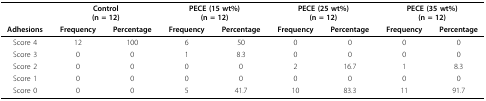
<table><thead><tr><td></td><td colspan="2"><b>Control(n = 12)</b></td><td colspan="2"><b>PECE (15 wt%)(n = 12)</b></td><td colspan="2"><b>PECE (25 wt%)(n = 12)</b></td><td colspan="2"><b>PECE (35 wt%)(n = 12)</b></td></tr><tr><td><b>Adhesions</b></td><td><b>Frequency</b></td><td><b>Percentage</b></td><td><b>Frequency</b></td><td><b>Percentage</b></td><td><b>Frequency</b></td><td><b>Percentage</b></td><td><b>Frequency</b></td><td><b>Percentage</b></td></tr></thead><tbody><tr><td>Score 4</td><td>12</td><td>100</td><td>6</td><td>50</td><td>0</td><td>0</td><td>0</td><td>0</td></tr><tr><td>Score 3</td><td>0</td><td>0</td><td>1</td><td>8.3</td><td>0</td><td>0</td><td>0</td><td>0</td></tr><tr><td>Score 2</td><td>0</td><td>0</td><td>0</td><td>0</td><td>2</td><td>16.7</td><td>1</td><td>8.3</td></tr><tr><td>Score 1</td><td>0</td><td>0</td><td>0</td><td>0</td><td>0</td><td>0</td><td>0</td><td>0</td></tr><tr><td>Score 0</td><td>0</td><td>0</td><td>5</td><td>41.7</td><td>10</td><td>83.3</td><td>11</td><td>91.7</td></tr></tbody></table>